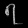
Digit: ၇